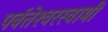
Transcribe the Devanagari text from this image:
पर्वतेश्‍वरस्वामी